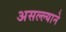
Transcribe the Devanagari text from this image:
असल्ल्याने